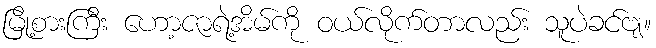
မြို့စားကြီး ဟော့ဇာရဲ့အိမ်ကို ဝယ်လိုက်တာလည်း သူပဲခင်ဗျ။